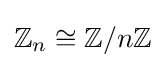
\mathbb {Z} _{n}\cong \mathbb {Z} /n\mathbb {Z}